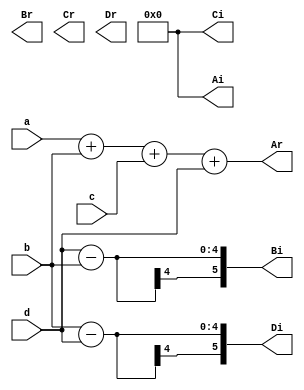
module four_FFT(a,b,c,d,Ar,Br,Cr,Dr,Ai,Bi,Ci,Di);
    input [3:0] a,b,c,d;
    output [5:0] Ar,Br,Cr,Dr,Ai,Bi,Ci,Di;

    assign Ar = a+b+c+d;
    assign Ai = 0;
    assign B = a-c;
    assign Bi = d-b;
    assign C = a+c-b-d;
    assign Ci = 0;
    assign D = a-c;
    assign Di = b-d;
endmodule